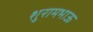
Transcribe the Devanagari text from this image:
शुरामभाऊ